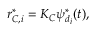
r _ { C , i } ^ { * } = K _ { C } \psi _ { d _ { i } } ^ { * } ( t ) ,